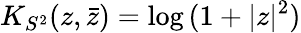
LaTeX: K_{S^{2}}(z,\bar{z})=\mathrm{log}\, (1+|z|^{2})